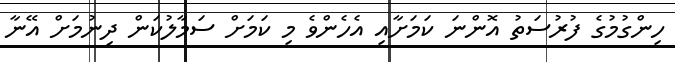
ހިންގުމުގެ ފުރުސަތު އޮންނަ ކަމަށާއި އެހެންވެ މި ކަމަށް ސަމާލުކަން ދިނުމަށް އޭނާ